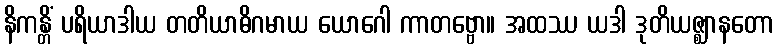
နိကန္တိံ ပရိယာဒါယ တတိယာဓိဂမာယ ယောဂေါ ကာတဗ္ဗော။ အထဿ ယဒါ ဒုတိယဇ္ဈာနတော